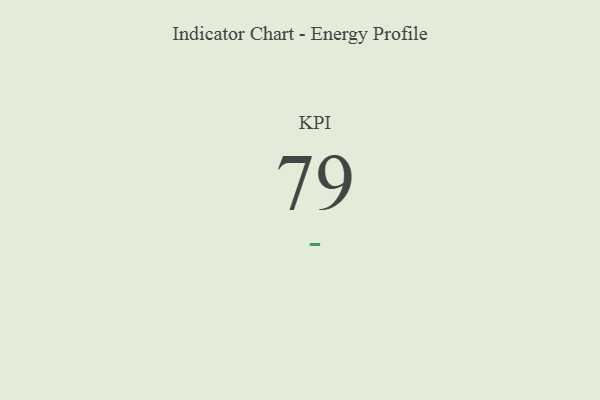
{"axis": {"x": "KPI", "y": "Value"}, "legend": [""], "data": [{"x": "KPI", "y": 79, "type": ""}]}